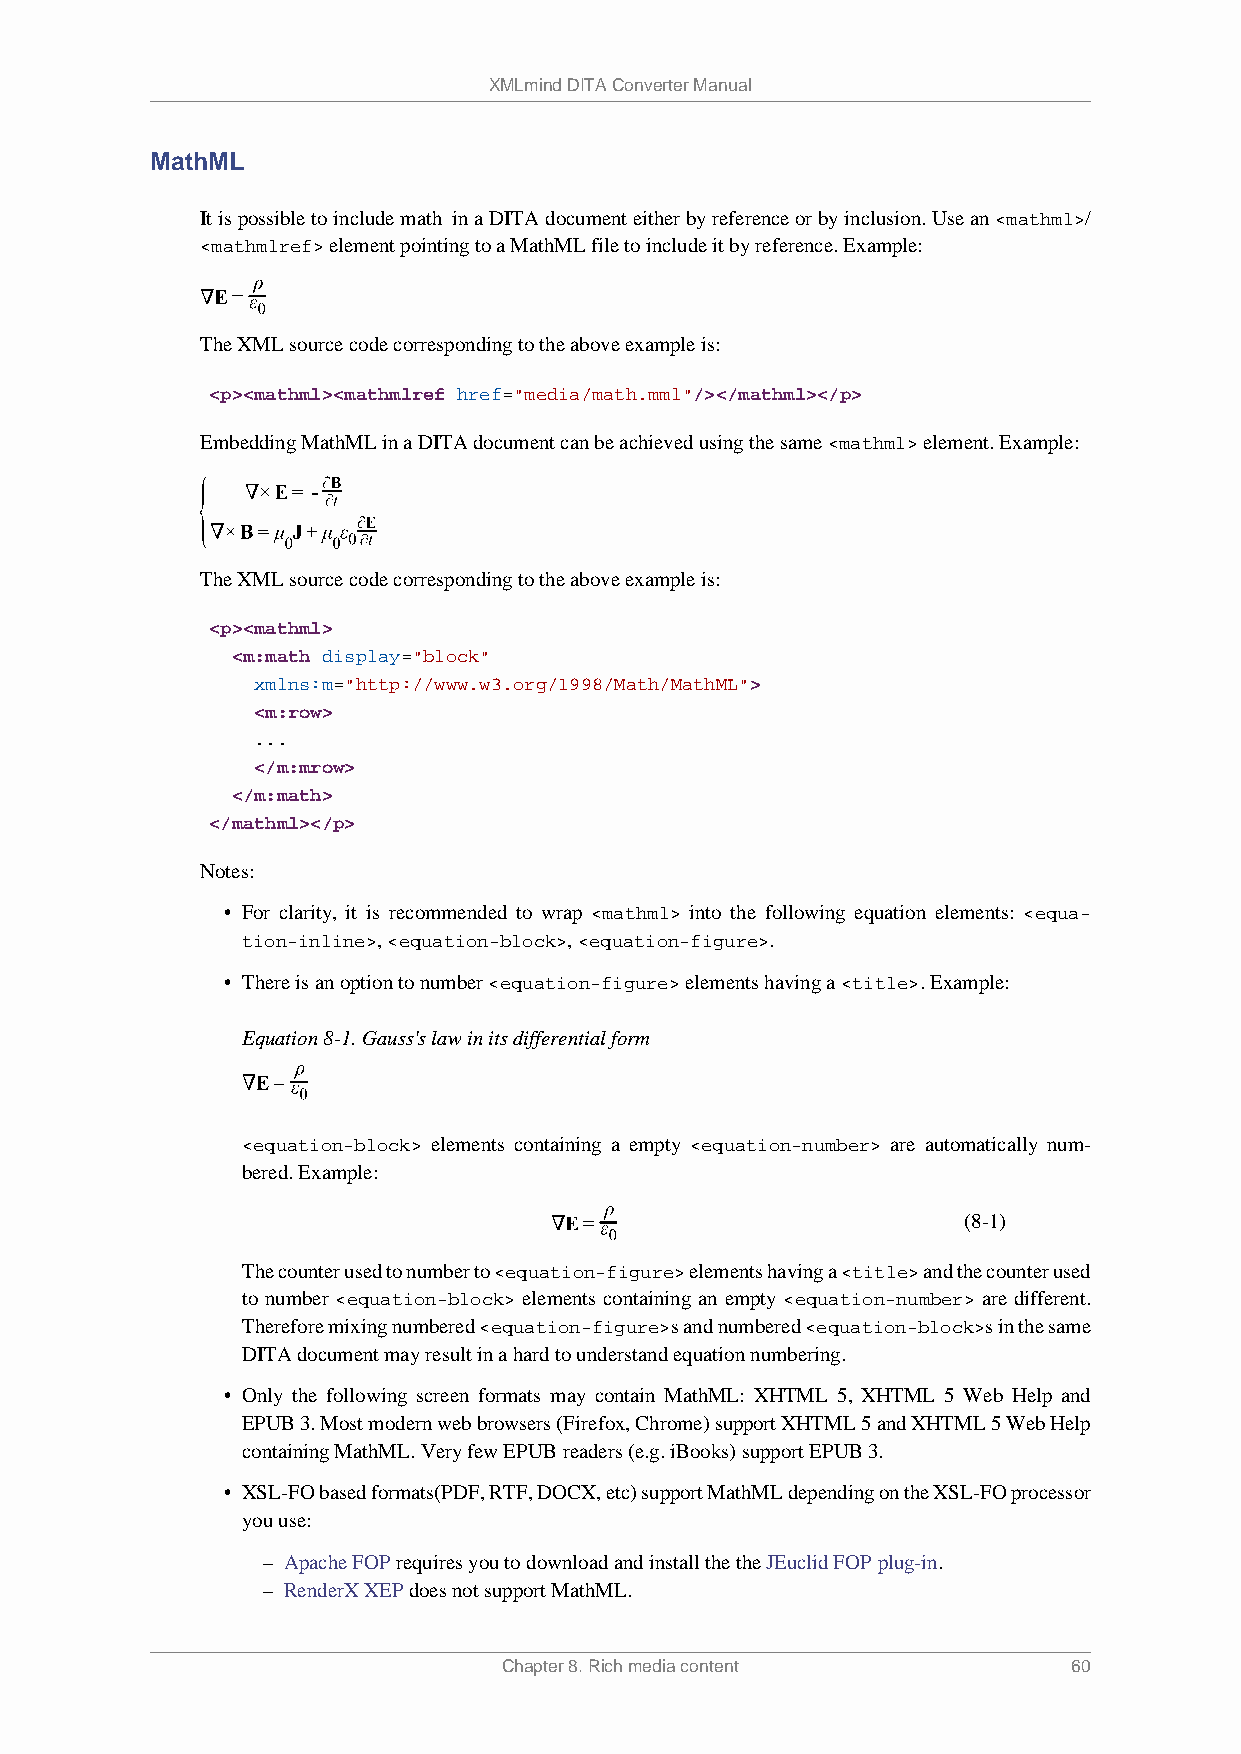
XMLmind DITA Converter Manual
 MathML
 It is possible to include math in a DITA document either by reference or by inclusion. Use an <mathml>/
 <mathmlref> element pointing to a MathML file to include it by reference. Example:
 The XML source code corresponding to the above example is:
 <p><mathml><mathmlref href="media/math.mml"/></mathml></p>
 Embedding MathML in a DITA document can be achieved using the same <mathml> element. Example:
 The XML source code corresponding to the above example is:
 <p><mathml>
 <m:math display="block"
 xmlns:m="http://www.w3.org/1998/Math/MathML">
 <m:row>
 ...
 </m:mrow>
 </m:math>
 </mathml></p>
 Notes:
 • For clarity, it is recommended to wrap <mathml> into the following equation elements: <equa-
 tion-inline>, <equation-block>, <equation-figure>.
 • There is an option to number <equation-figure> elements having a <title>. Example:
 Equation 8-1. Gauss's law in its differential form
 <equation-block> elements containing a empty <equation-number> are automatically num-
 bered. Example:
 (8-1)
 The counter used to number to <equation-figure> elements having a <title> and the counter used
 to number <equation-block> elements containing an empty <equation-number> are different.
 Therefore mixing numbered <equation-figure>s and numbered <equation-block>s in the same
 DITA document may result in a hard to understand equation numbering.
 • Only the following screen formats may contain MathML: XHTML 5, XHTML 5 Web Help and
 EPUB 3. Most modern web browsers (Firefox, Chrome) support XHTML 5 and XHTML 5 Web Help
 containing MathML. Very few EPUB readers (e.g. iBooks) support EPUB 3.
 • XSL-FO based formats(PDF, RTF, DOCX, etc) support MathML depending on the XSL-FO processor
 you use:
 – Apache FOP requires you to download and install the the JEuclid FOP plug-in.
 – RenderX XEP does not support MathML.
 Chapter 8. Rich media content         60